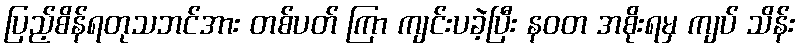
ပြည့်စိန်ရတုသဘင်အား တစ်ပတ် ကြာ ကျင်းပခဲ့ပြီး နဝတ အစိုးရမှ ကျပ် သိန်း